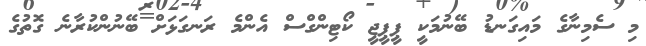
މި ސެމިނާގެ މައިގަނޑު ބޭނުމަކީ ޕީޕީޖީ ކޯޓިންގްސް އެންމެ ރަނގަޅަށް ބޭނުންކުރާނެ ގޮތުގެ